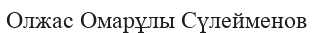
Олжас Омарұлы Сүлейменов